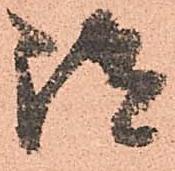
御